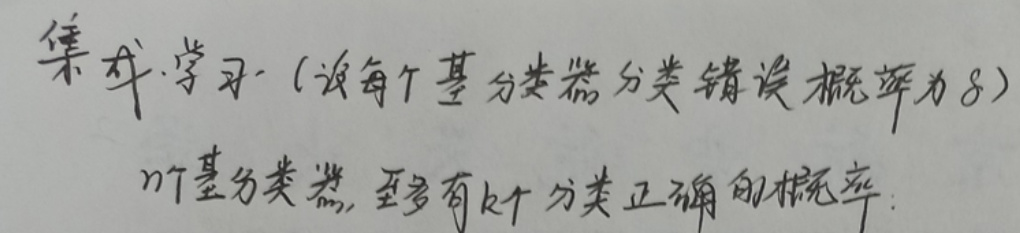
集成学习（设每个基分类器分类错误概率为$\delta$）

$n$个基分类器，至多有$k$个分类正确的概率：